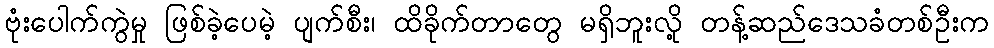
ဗုံးပေါက်ကွဲမှု ဖြစ်ခဲ့ပေမဲ့ ပျက်စီး၊ ထိခိုက်တာတွေ မရှိဘူးလို့ တန့်ဆည်ဒေသခံတစ်ဦးက